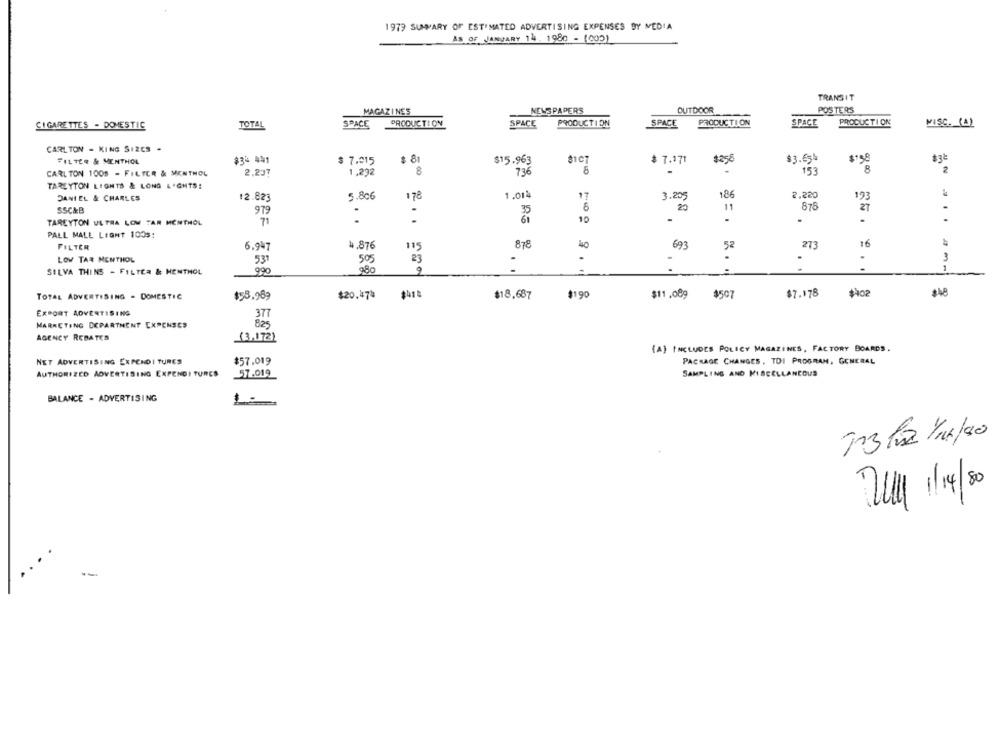
1979 SUMMARY OF ESTIMATED ADVERTISING EXPENSES BY MEDIA
AS OF JANUARY 14. 1980 - (000)
TRANSIT
MAGAZINES
NEWS PAPERS
OUTDOOR
POSTERS
CIGARETTES - DOMESTIC
TOTAL
SPACE
PRODUCTION
SPACE
PRODUCTION
SPACE
PRODUCTION
SPACE
PRODUCTION
MISC. (A)
CARLTON - KING SIZES .
$ 8
$3.65₺
$158
$3b
FILTER & MENTHOL
$35 441
$ 7.015
$15.963
81CT
$ 7.171
$258
CARLTON 1005 - FILTER & MENTHOL
2.237
1,292
8
736
.
153
8
2
TARLYTON LIGHTS & LONG LIGHTS:
5.806
1.014
17
186
2.220
193
DANIEL & CHARLES
12.823
178
3.205
SSC&B
979
-
35
6
20
11
876
27
61
.
TAREYTON ULTRA LOW TAR MENTHOL
71
.
-
10
....
PALL MALL LIGHT 1005:
FILTER
6.947
4.876
115
878
693
273
16
52
3
LOW TAR MENTHOL
531
505
23
-
.
SILVA THINS - FILTER & MENTHOL
990
980
..
. .
1
$7.178
$ło
$48
TOTAL ADVERTISING - DOMESTIC
$58.989
$20.47=
$41%
$18.687
$190
$11.089
$507
EXPORT ADVERTISING
377
MARKETING DEPARTMENT EXPENSES
825
AGENCY REBATES
(3,172)
{A} INCLUDES POLICY MAGAZINES, FACTORY BOARDS.
NET ADVERTISING EXPENDI TURES
$57.019
PACKAGE CHANGES , TDI PROGRAM, GENERAL
AUTHORIZED ADVERTISING EXPENDI TURES
57.019
SAMPLING AND MISCELLANEOUS
BALANCE - ADVERTISING
Dull 1/4/50